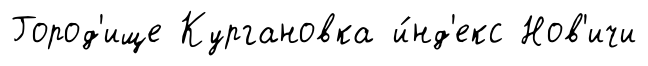
Город'ище Кургановка и́нд'екс Нов'ичи